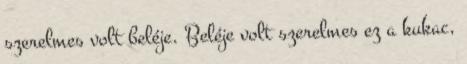
szerelmes volt beléje. Beléje volt szerelmes ez a kukac,